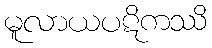
မူလာယပဋိကဿိ